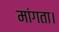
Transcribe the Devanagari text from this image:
मांगता।